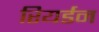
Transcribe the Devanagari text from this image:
रियर्डन